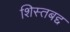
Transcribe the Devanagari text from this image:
शिस्तबद्द